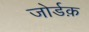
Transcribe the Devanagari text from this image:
जोर्डक़